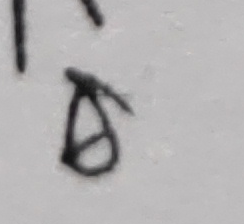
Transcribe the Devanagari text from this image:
ढ